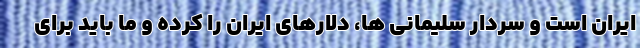
ایران است و سردار سلیمانی ها، دلارهای ایران را کرده و ما باید برای